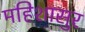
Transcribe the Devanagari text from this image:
महिशासुर